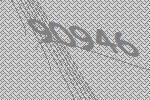
90946